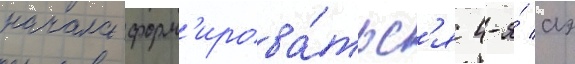
начала форм'ирова́тьс'я 4-я́ аэ